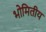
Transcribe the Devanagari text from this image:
भोमितीय